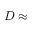
D \approx